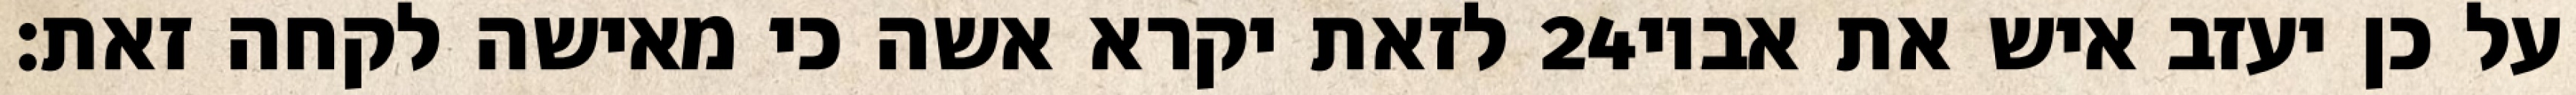
לזאת יקרא אשה כי מאישה לקחה זאת׃ ‎24‏ על כן יעזב איש את אביו